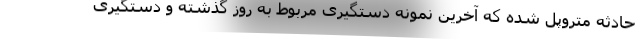
حادثه متروپل شده که آخرین نمونه دستگیری مربوط به روز گذشته و دستگیری